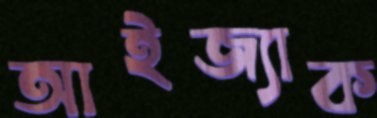
আইজ্যাক